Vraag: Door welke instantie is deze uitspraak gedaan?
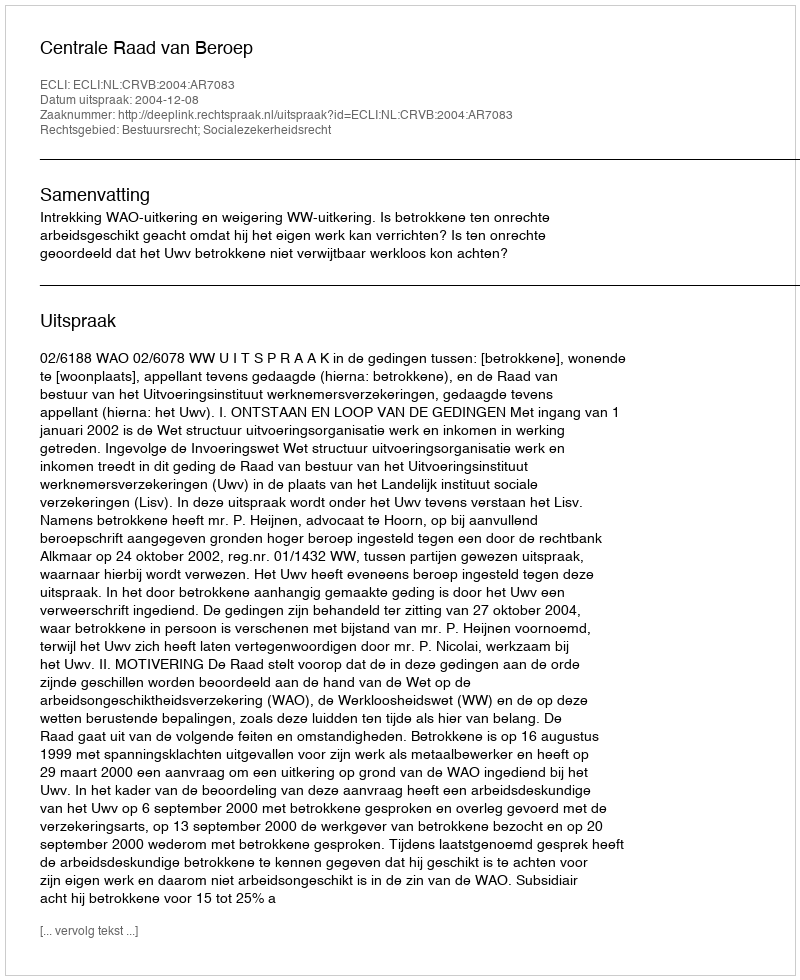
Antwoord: Centrale Raad van Beroep